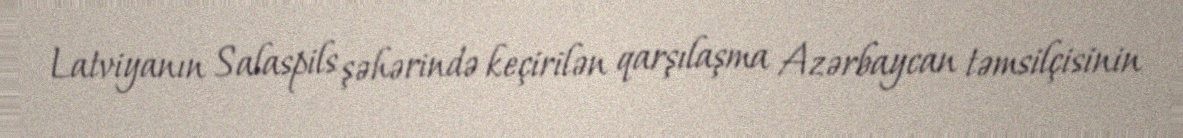
Latviyanın Salaspils şəhərində keçirilən qarşılaşma Azərbaycan təmsilçisinin